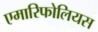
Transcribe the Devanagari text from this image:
एमारिफोलियस